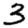
Digit: 3